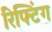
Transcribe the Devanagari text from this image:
रिफ्टिंग